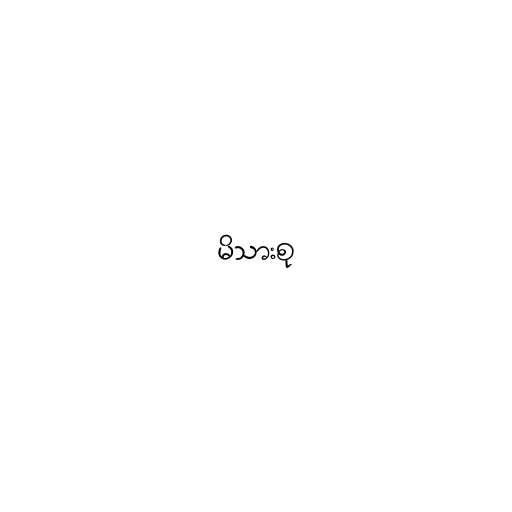
မိသားစု